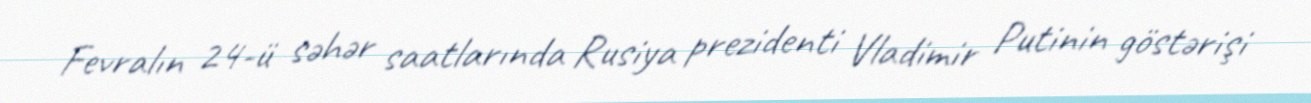
Fevralın 24-ü səhər saatlarında Rusiya prezidenti Vladimir Putinin göstərişi